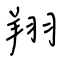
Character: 翔